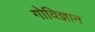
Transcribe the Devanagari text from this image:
गोविज्ञान